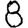
Digit: 8